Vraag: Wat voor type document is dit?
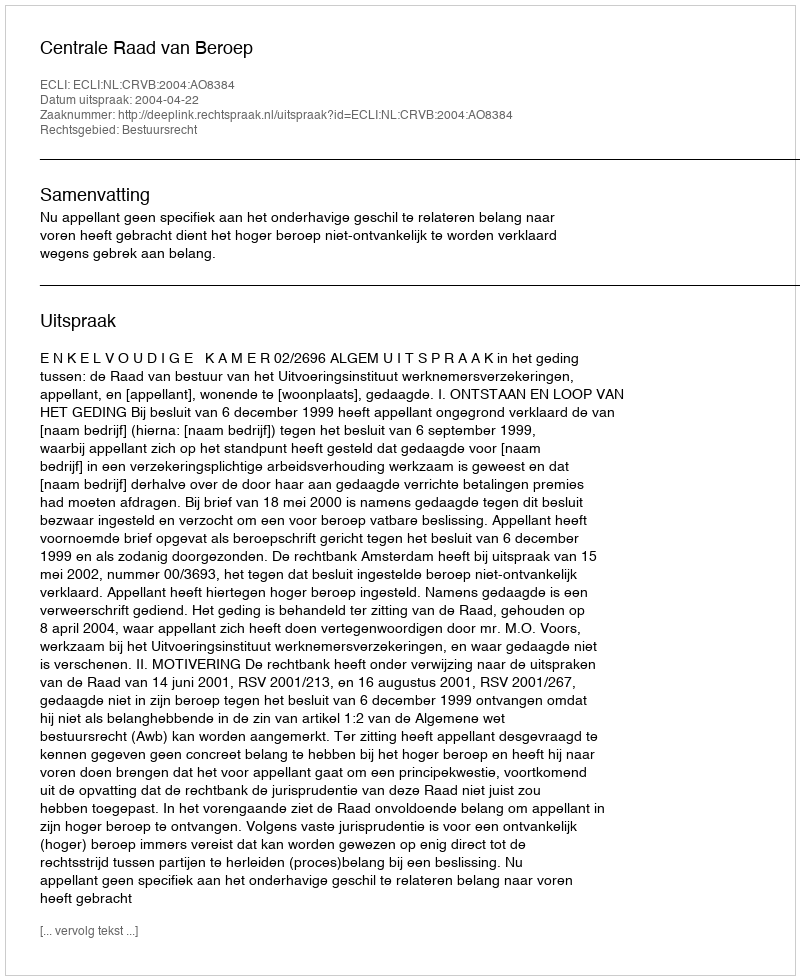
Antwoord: Uitspraak